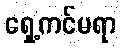
ရှေ့ကင်မရာ